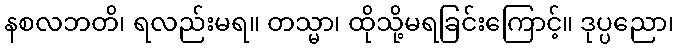
နစလဘတိ၊ ရလည်းမရ။ တသ္မာ၊ ထိုသို့မရခြင်းကြောင့်။ ဒုပ္ပညော၊